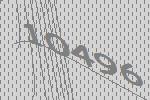
10496